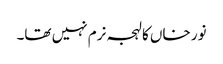
نور خاں کا لہجہ نرم نہیں تھا۔